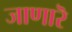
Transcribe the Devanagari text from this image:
जाणारॆ